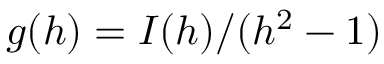
g ( h ) = I ( h ) / ( h ^ { 2 } - 1 )